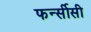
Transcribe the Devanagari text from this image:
फर्न्सीसी